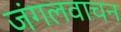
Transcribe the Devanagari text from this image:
जंगलवाचन